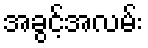
အခွင့်အလမ်း